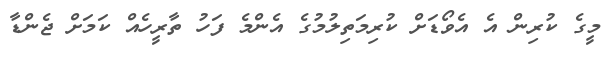
މީގެ ކުރިން އެ އެވޯޑަށް ކުރިމަތިލުމުގެ އެންމެ ފަހު ތާރީހެއް ކަމަށް ޖެންޑާ